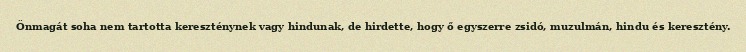
Önmagát soha nem tartotta kereszténynek vagy hindunak, de hirdette, hogy ő egyszerre zsidó, muzulmán, hindu és keresztény.